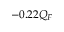
- 0 . 2 2 Q _ { F }